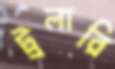
ট্রলারি